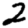
Digit: 2